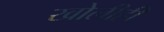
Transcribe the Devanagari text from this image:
खोलीही